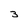
Character: 3